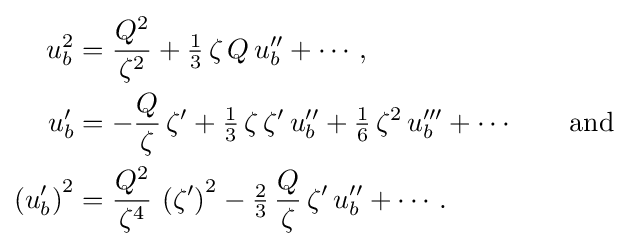
{\begin{aligned}u_{b}^{2}&={\frac {Q^{2}}{\zeta ^{2}}}+{\tfrac {1}{3}}\,\zeta \,Q\,u_{b}''+\cdots ,\\u_{b}'&=-{\frac {Q}{\zeta }}\,\zeta '+{\tfrac {1}{3}}\,\zeta \,\zeta '\,u_{b}''+{\tfrac {1}{6}}\,\zeta ^{2}\,u_{b}'''+\cdots \qquad {\text{and}}\\\left(u_{b}'\right)^{2}&={\frac {Q^{2}}{\zeta ^{4}}}\,\left(\zeta '\right)^{2}-{\tfrac {2}{3}}\,{\frac {Q}{\zeta }}\,\zeta '\,u_{b}''+\cdots .\end{aligned}}